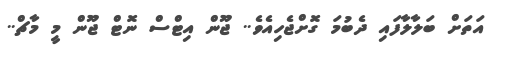
އަތަށް ބަލާލާފައި ދެބުމަ ގޮށްޖެހިއެވެ.. ޖޫން އިޓްސް ނޮޓް ޖޫން މީ މާޗް..